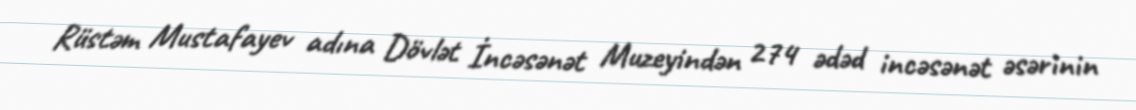
Rüstəm Mustafayev adına Dövlət İncəsənət Muzeyindən 274 ədəd incəsənət əsərinin